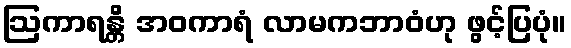
ဩကာရန္တိ အဝကာရံ လာမကဘာဝံဟု ဖွင့်ပြပုံ။